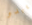
يبدو